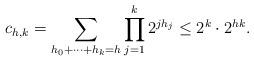
LaTeX: \begin{align*} c_{h,k} = \sum_{h_0+\dots+h_k=h}\prod_{j=1}^k 2^{j h_j} \leq 2^k\cdot 2^{hk}. \end{align*}